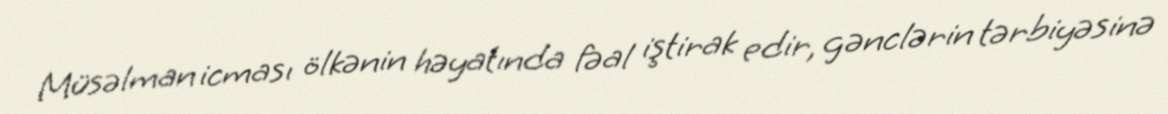
Müsəlman icması ölkənin həyatında fəal iştirak edir, gənclərin tərbiyəsinə